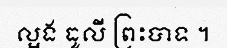
ល្អង ធូលី ព្រះបាទ ។